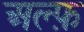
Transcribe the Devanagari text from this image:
अल्फ़